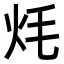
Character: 𭴎